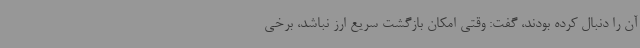
آن را دنبال کرده بودند، گفت: وقتی امکان بازگشت سریع ارز نباشد، برخی